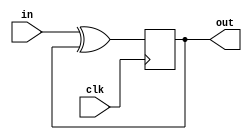
//2022_11_1 kerong
//DFF+gate
module top_module (
    input clk,
    input in, 
    output reg out);

always @(posedge clk)begin
    out <= in ^ out;
end

endmodule